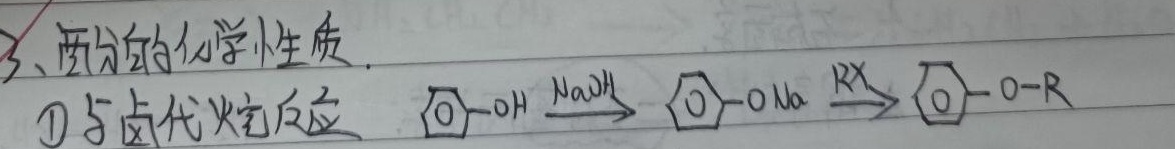
3、酚的化学性质.
\textcircled{1}与卤代烃反应 $\bigcirc-\mathrm{OH}\xrightarrow{\mathrm{NaOH}}\bigcirc-\mathrm{ONa}\xrightarrow{\mathrm{RX}}\bigcirc-\mathrm{O}-\mathrm{R}$